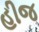
હીજ